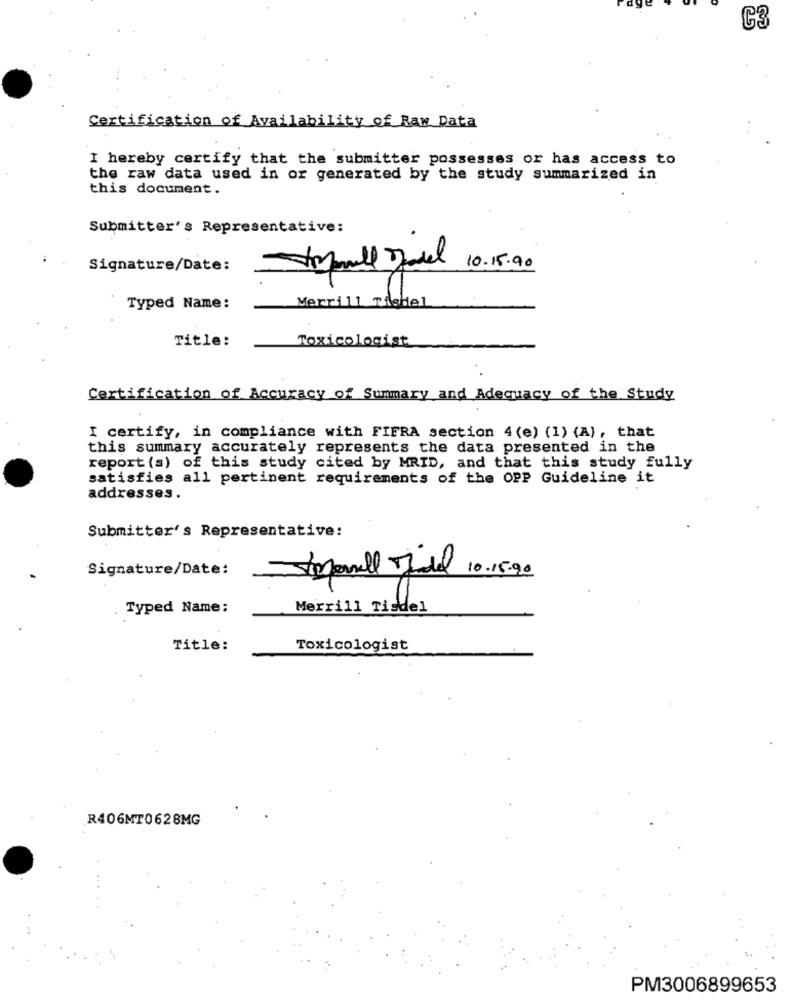
C3
Certification of Availability of Raw Data
I hereby certify that the submitter possesses or has access to
the raw data used in or generated by the study summarized in
this document.
Submitter's Representative:
Signature/Date:
10.15.90
Typed Name:
Merrill TisHel
Title:
Toxicologist
Certification of Accuracy of Summary and Adequacy of the Study
I certify, in compliance with FIFRA section 4(e) (1) (A), that
this summary accurately represents the data presented in the
report (s) of this study cited by MRID, and that this study fully
satisfies all pertinent requirements of the OPP Guideline it
addresses.
Submitter's Representative:
Signature/Date:
Amparnell del 10.15.90
Typed Name:
Merrill Tisdel
Title:
Toxicologist
R406MT0628MG
PM3006899653